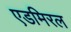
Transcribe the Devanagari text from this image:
एडमिरल